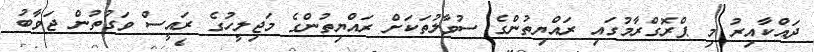
ދައްކާއިރު މި ޕްރޮގްރާމުގައި ރައްޔިތުންގެ ސުވާލުތަކަށް ރައްޔިތުންގެ މަޖިލީހުގެ ރައީސް ވަގުތުން ޖަވާބު